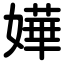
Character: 嬅